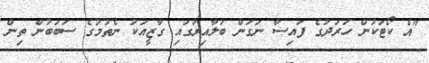
"އެ ކޯޓަކުން ހަރަދުގެ ފައިސާ ނަގަން ބަލާއިރުގައި ގާޒީއަކު ނެތުމުގެ ސަބަބުން ތިން